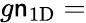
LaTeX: g\mathsf{n}_{\mathrm{{1D}}}=